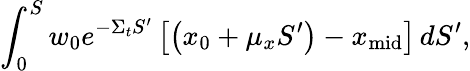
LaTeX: \int_{0}^{S}w_{0}e^{-\Sigma_{t}S^{\prime}}\left[\left(x_{0}+\mu_{x}S^{\prime}\right)-x_{\mathrm{mid}}\right]\, dS^{\prime},